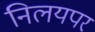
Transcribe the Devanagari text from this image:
निलयपर